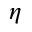
\eta